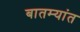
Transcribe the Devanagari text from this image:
बातम्‍यांत